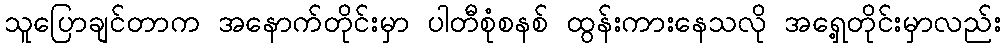
သူပြောချင်တာက အနောက်တိုင်းမှာ ပါတီစုံစနစ် ထွန်းကားနေသလို အရှေ့တိုင်းမှာလည်း